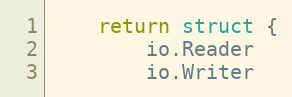
Language: Go
	return struct {
		io.Reader
		io.Writer